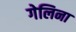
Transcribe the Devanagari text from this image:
गेलिना